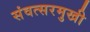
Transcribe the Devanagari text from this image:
संवत्सरमुखी